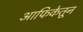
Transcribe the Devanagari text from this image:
आफिकेतून